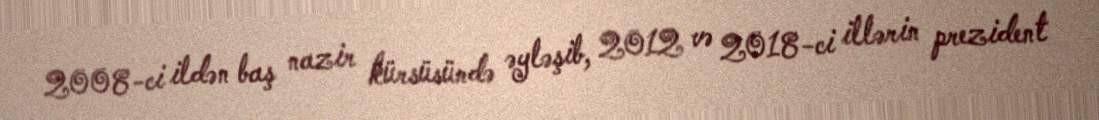
2008-ci ildən baş nazir kürsüsündə əyləşib, 2012 və 2018-ci illərin prezident